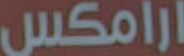
ارامكس